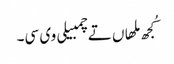
کُجھ ملھاں تے چمبیلی وی سی۔